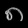
Digit: ၈